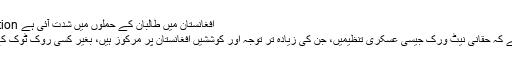
Image caption افغانستان میں طالبان کے حملوں میں شدت آئی ہے
اِس کا مطلب ہے کہ حقانی نیٹ ورک جیسی عسکری تنظیمیں، جن کی زیادہ تر توجہ اور کوششیں افغانستان پر مرکوز ہیں، بغیر کسی روک ٹوک کے لڑسکتی ہیں۔